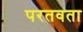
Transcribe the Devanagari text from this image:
परतवता